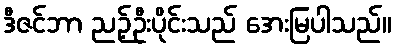
ဒီဇင်ဘာ ညဉ့်ဦးပိုင်းသည် အေးမြပါသည်။